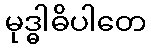
မုဒ္ဓါဓိပါတေ